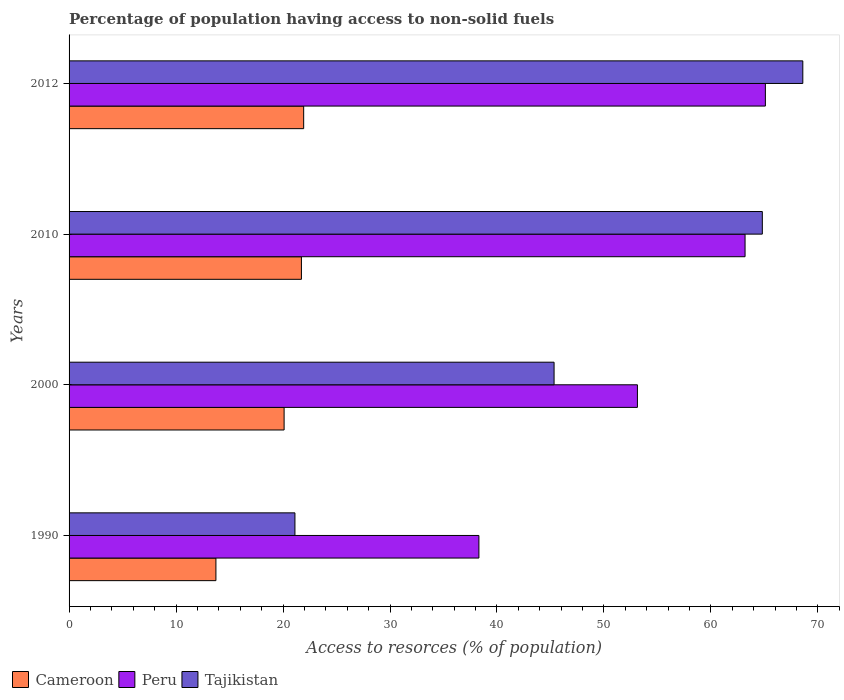
| Years | Cameroon | Peru | Tajikistan |
 | --- | --- | --- | --- |
 | 1990 | 13.7 | 38.3 | 21.1 |
 | 2000 | 20.1 | 53.1 | 45.3 |
 | 2010 | 21.7 | 63.2 | 64.8 |
 | 2012 | 21.9 | 65.1 | 68.6 |